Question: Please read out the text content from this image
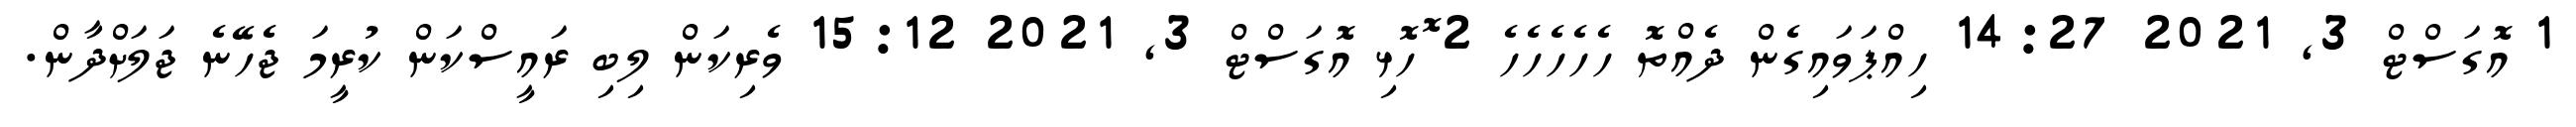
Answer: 1 އޮގަސްޓް 3, 2021 14:27 ހިއްޕަވައިގެން ދެއްތޮ ހެހެހެހެހެ 2 ޮހޮޅި އޮގަސްޓް 3, 2021 15:12 ވެރިކަން ލިބި ރައީސްކަން ކުރީމަ ޖެހޭނެ ޖަލަށްދާން.